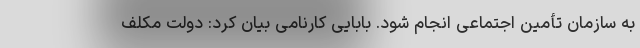
به سازمان تأمین اجتماعی انجام شود. بابایی کارنامی بیان کرد: دولت مکلف